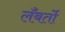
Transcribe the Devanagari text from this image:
लँबर्तो